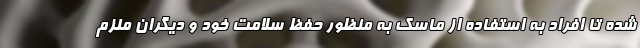
شده تا افراد به استفاده از ماسک به منظور حفظ سلامت خود و دیگران ملزم